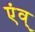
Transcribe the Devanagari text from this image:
एंव्